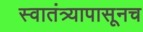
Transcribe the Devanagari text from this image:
स्वातंत्र्यापासूनच